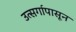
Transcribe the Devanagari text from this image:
उत्सर्गापासून